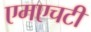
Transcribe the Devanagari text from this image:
एमएचटी